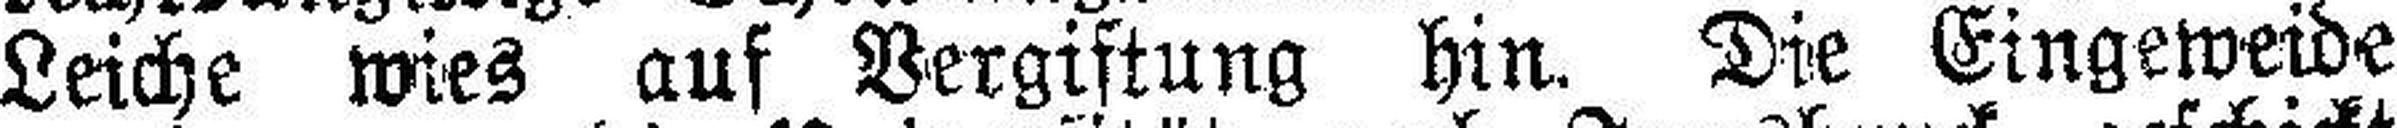
Leiche wies auf Vergiftung hin. Die Eingeweide